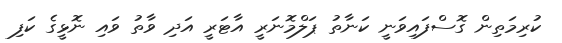
ކުރިމަތިން ގޮސްފައިވަނީ ކަނާތު ޕަލްމޮނަރީ އާޓަރީ އަދި ވާތު ވައި ނޮޅީގެ ކަފި